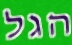
הגל